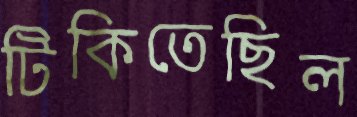
টিকিতেছিল